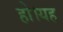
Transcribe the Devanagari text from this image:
हो।यह